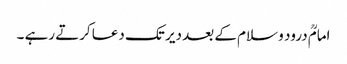
امامؒ درود و سلام کے بعد دیر تک دعا کرتے رہے ۔